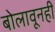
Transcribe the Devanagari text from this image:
बोलावूनही